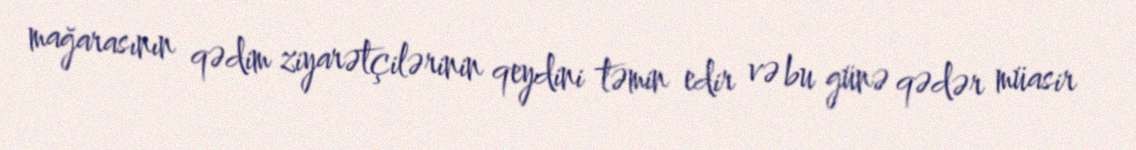
mağarasının qədim ziyarətçilərinin qeydini təmin edir və bu günə qədər müasir